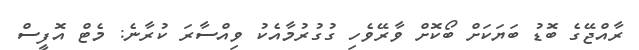
ރާއްޖޭގެ ބޮޑު ބަޔަކަށް ބޯކޮށް ވާރޭވެހި ގުގުރުމާއެކު ވިއްސާރަ ކުރާނެ: މެޓް އޮފީސް